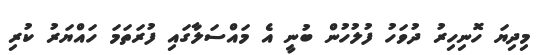
މިދިޔަ ހޮނިހިރު ދުވަހު ފުލުހުން ބުނީ އެ މައްސަލާގައި ފުރަތަމަ ހައްޔަރު ކުރި